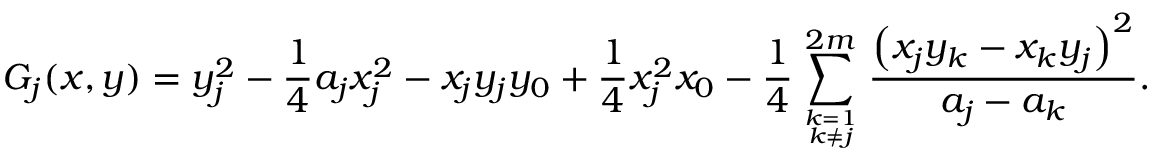
G _ { j } ( x , y ) = y _ { j } ^ { 2 } - { \frac { 1 } { 4 } } a _ { j } x _ { j } ^ { 2 } - x _ { j } y _ { j } y _ { 0 } + { \frac { 1 } { 4 } } x _ { j } ^ { 2 } x _ { 0 } - { \frac { 1 } { 4 } } \sum _ { k = 1 \atop k \neq j } ^ { 2 m } { \frac { \left( x _ { j } y _ { k } - x _ { k } y _ { j } \right) ^ { 2 } } { a _ { j } - a _ { k } } } .